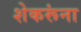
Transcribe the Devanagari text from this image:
शेकरूंना